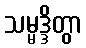
သမ္မဒ္ဒိတွာ